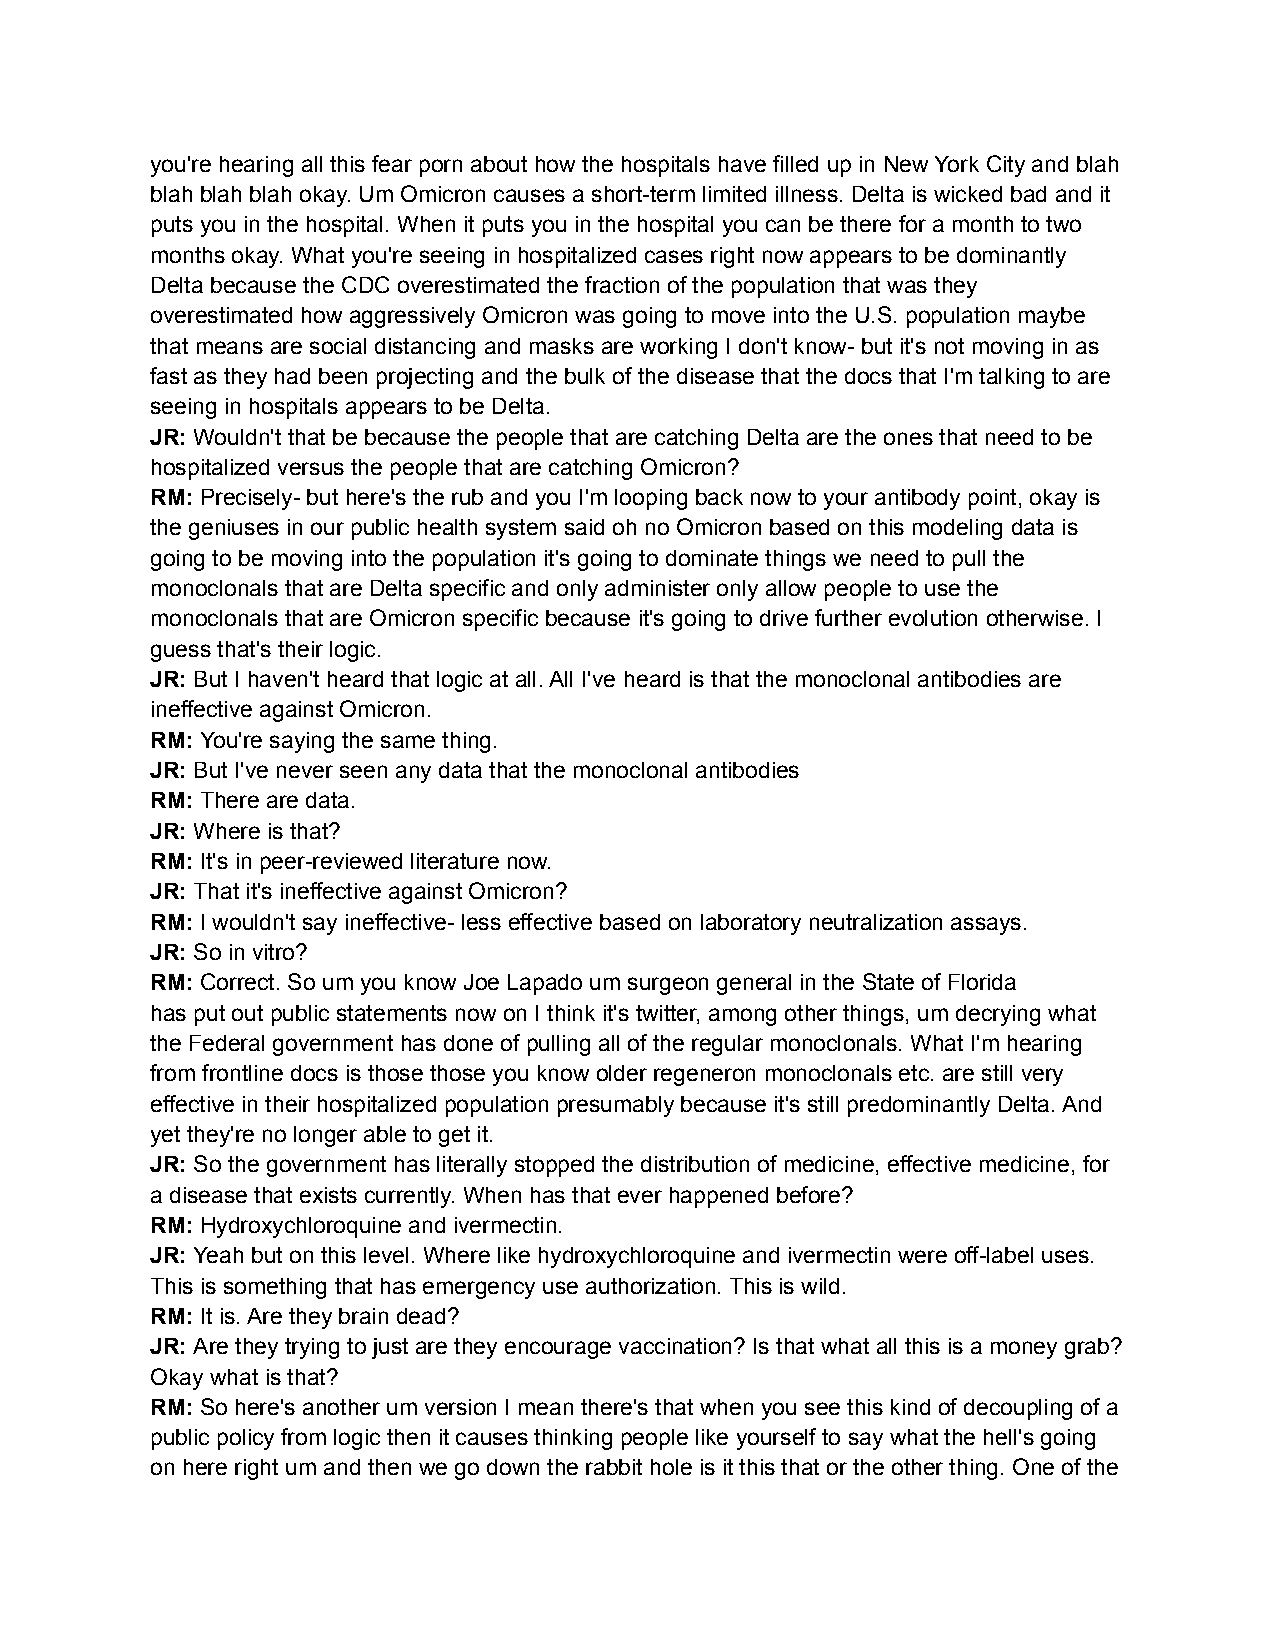
you're hearing all this fear porn about how the hospitals have filled up in New York City and blah
 blah blah blah okay. Um Omicron causes a short-term limited illness. Delta is wicked bad and it
 puts you in the hospital. When it puts you in the hospital you can be there for a month to two
 months okay. What you're seeing in hospitalized cases right now appears to be dominantly
 Delta because the CDC overestimated the fraction of the population that was they
 overestimated how aggressively Omicron was going to move into the U.S. population maybe
 that means are social distancing and masks are working I don't know- but it's not moving in as
 fast as they had been projecting and the bulk of the disease that the docs that I'm talking to are
 seeing in hospitals appears to be Delta.
 JR: Wouldn't that be because the people that are catching Delta are the ones that need to be
 hospitalized versus the people that are catching Omicron?
 RM: Precisely- but here's the rub and you I'm looping back now to your antibody point, okay is
 the geniuses in our public health system said oh no Omicron based on this modeling data is
 going to be moving into the population it's going to dominate things we need to pull the
 monoclonals that are Delta specific and only administer only allow people to use the
 monoclonals that are Omicron specific because it's going to drive further evolution otherwise. I
 guess that's their logic.
 JR: But I haven't heard that logic at all. All I've heard is that the monoclonal antibodies are
 ineffective against Omicron.
 RM: You're saying the same thing.
 JR: But I've never seen any data that the monoclonal antibodies
 RM: There are data.
 JR: Where is that?
 RM: It's in peer-reviewed literature now.
 JR: That it's ineffective against Omicron?
 RM: I wouldn't say ineffective- less effective based on laboratory neutralization assays.
 JR: So in vitro?
 RM: Correct. So um you know Joe Lapado um surgeon general in the State of Florida
 has put out public statements now on I think it's twitter, among other things, um decrying what
 the Federal government has done of pulling all of the regular monoclonals. What I'm hearing
 from frontline docs is those those you know older regeneron monoclonals etc. are still very
 effective in their hospitalized population presumably because it's still predominantly Delta. And
 yet they're no longer able to get it.
 JR: So the government has literally stopped the distribution of medicine, effective medicine, for
 a disease that exists currently. When has that ever happened before?
 RM: Hydroxychloroquine and ivermectin.
 JR: Yeah but on this level. Where like hydroxychloroquine and ivermectin were off-label uses.
 This is something that has emergency use authorization. This is wild.
 RM: It is. Are they brain dead?
 JR: Are they trying to just are they encourage vaccination? Is that what all this is a money grab?
 Okay what is that?
 RM: So here's another um version I mean there's that when you see this kind of decoupling of a
 public policy from logic then it causes thinking people like yourself to say what the hell's going
 on here right um and then we go down the rabbit hole is it this that or the other thing. One of the